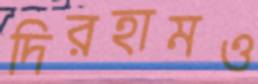
দিরহামও